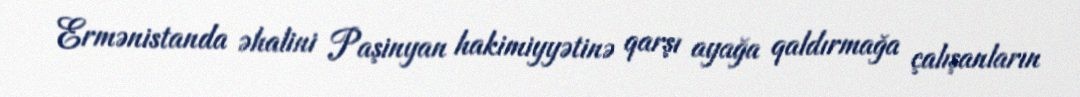
Ermənistanda əhalini Paşinyan hakimiyyətinə qarşı ayağa qaldırmağa çalışanların